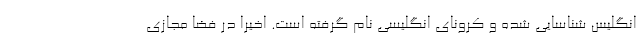
انگلیس شناسایی شده و کرونای انگلیسی نام گرفته است. اخیرا در فضا مجازی